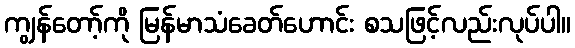
ကျွန်တော့်ကို မြန်မာသံခေတ်ဟောင်း စသဖြင့်လည်းလုပ်ပါ။